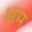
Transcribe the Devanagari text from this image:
क्षम